Annual returns of the Patna Lunatic Asylum at Bankipore in Bihar and Orissa - 1912-1924
Year: 1912
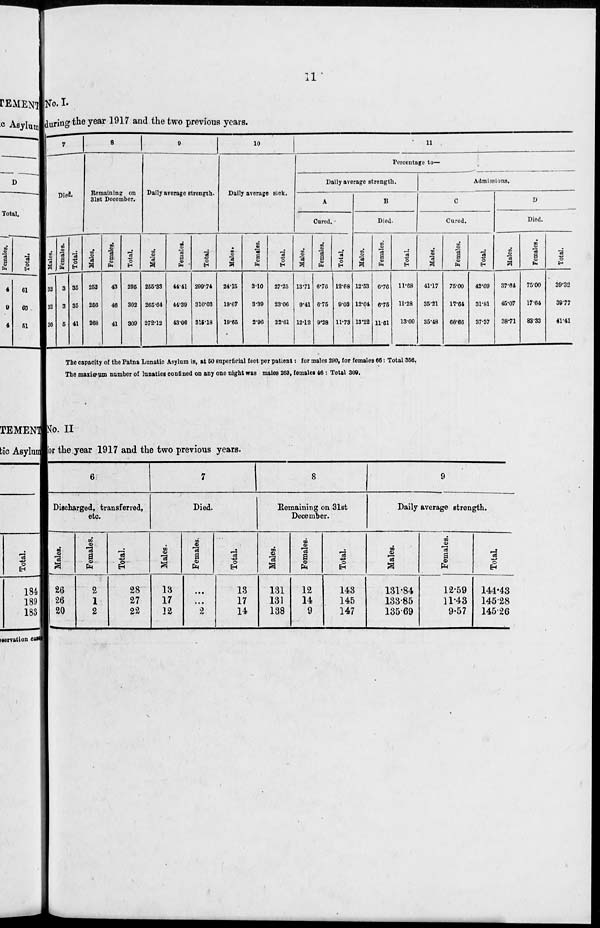
11
No. I.
during the year 1917 and the two previous years.
7
Died.
Males.
32
32
36
Females.
3
3
5
Total.
35
35
41
8
Remaining on
31st December.
Males.
252
256
268
Females.
43
46
41
Total.
295
302
309
9
Daily average strength.
Males.
255.33
265.64
272.12
Females.
44.41
44.39
43.06
Total.
299.74
310.03
315.18
10
Daily average sick.
Males.
24.15
19.67
19.65
Females.
3.10
3.39
2.96
Total.
27.25
23.06
22.61
11
Percentage to—
Daily average strength.
A
Cured.
Males.
13.71
9.41
12.12
Females.
6.76
6.75
9.28
Total.
12.68
9.03
11.73
B
Died.
Males.
12.53
12.04
13.22
Females.
6.76
6.75
11.61
Total.
11.68
11.28
13.00
Admissions.
C
Cured.
Males.
41.17
35.21
35.48
Females.
75.00
17.64
66.66
Total.
42.60
31.81
37.37
D
Died.
Males.
37.64
45.07
38.71
Females.
75.00
17.64
83.33
Total.
39.32
39.77
41.41
The capacity of the Patna Lunatic Asylum is, at 50 superficial feet per patient: for males 290, for females 66: Total 356.
The maximum number of lunatics confined on any one night was males 263, females 46 : Total 309.
No. II
for the year 1917 and the two previous years.
6
Discharged, transferred,
etc.
Males.
26
26
20
Females.
2
1
2
Total.
28
27
22
7
Died.
Males.
13
17
12
Females.
...
...
2
Total.
13
17
14
8
Remaining on 31st
December.
Males.
131
131
138
Females.
12
14
9
Total.
143
145
147
9
Daily average strength.
Males.
131.84
133.85
135.69
Females.
12.59
11.43
9.57
Total.
144.43
145.28
145.26